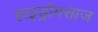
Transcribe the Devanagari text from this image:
हाइड्रोमसाज